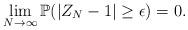
LaTeX: \begin{align*}\lim_{N \to \infty} \mathbb{P}(|Z_N-1|\geq\epsilon)=0.\end{align*}